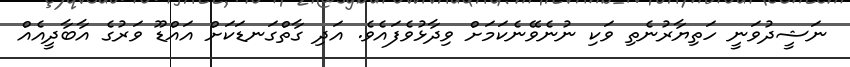
ނަޝީދުވަނީ ހަތިޔާރުނެތި ވަކި ނުނެވޭނެކަމަށް ވިދާޅުވެފައެވެ. އަދި ގާތްގަނޑަކަށް އައްޑޫ ވަރުގެ އާބާދީއެއް